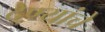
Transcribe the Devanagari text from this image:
देण्यांचे